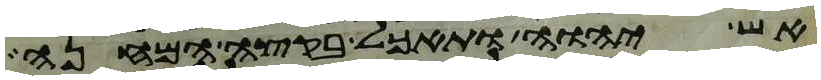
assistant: אש יהוה ותאכל בקצה המחנה